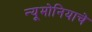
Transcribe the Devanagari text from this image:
न्यूमोनियाचे